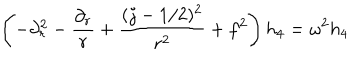
LaTeX: \left( - \partial _ { r } ^ { 2 } - { \frac { \partial _ { r } } { r } } + { \frac { ( j - 1 / 2 ) ^ { 2 } } { r ^ { 2 } } } + f ^ { 2 } \right) h _ { 4 } = \omega ^ { 2 } h _ { 4 }